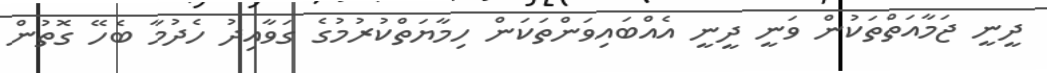
ދީނީ ޖަމާއަތްތަކުން ވަނީ ދީނީ އެއްބައިވަންތަކަން ހިމާޔަތްކުރުމުގެ ގަވާއިދު ހެދުމާ ބެހޭ ގޮތުން